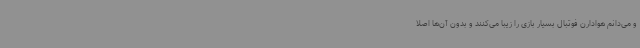
و می‌دانم هوادارن فوتبال بسیار بازی را زیبا می‌کنند و بدون آن‌ها اصلا